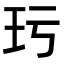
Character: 㺮